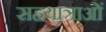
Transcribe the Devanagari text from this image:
सहयात्राओं